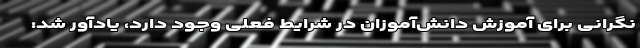
نگرانی برای آموزش دانش‌آموزان در شرایط فعلی وجود دارد، یادآور شد: